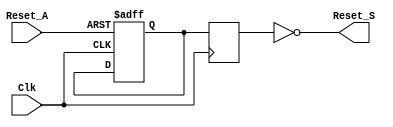
module async_reset_synchronizer #(
    parameter ACTIVE_LOW = 1 // 1 for active low, 0 for active high
)(
    input wire Clk,          // Clock input
    input wire Reset_A,      // Asynchronous reset input
    output reg Reset_S       // Synchronized reset output
);

    // Internal signals for synchronization
    reg sync_ff1;
    reg sync_ff2;

    // Always block for synchronous logic
    always @(posedge Clk or negedge Reset_A) begin
        if (ACTIVE_LOW ? !Reset_A : Reset_A) begin
            // When the reset signal is active (active low/high as per configuration),
            // capture the reset state in the first flip-flop
            sync_ff1 <= ACTIVE_LOW ? 1'b0 : 1'b1;
        end else begin
            sync_ff1 <= sync_ff1; // Hold the previous value
        end
    end

    // Second flip-flop for further synchronization
    always @(posedge Clk) begin
        sync_ff2 <= sync_ff1; // Synchronize the output
    end

    // Output assignment based on the configuration
    always @(*) begin
        Reset_S = ACTIVE_LOW ? !sync_ff2 : sync_ff2; // Output the synchronized reset signal
    end

endmodule